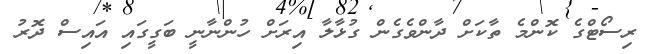
ރިސޯޓްގެ ކޮންމެ ތާކަށް ދާންވެގެން ގުޅާލާ އިރަށް ހުންނާނީ ބަގީގައި އައިސް ދޮރު